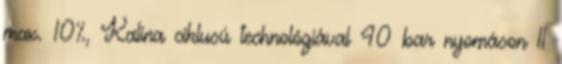
max. 10%, Kalina ciklusú technológiával 40 bar nyomáson 11